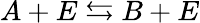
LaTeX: A+E\leftrightarrows B+E